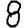
Digit: 8